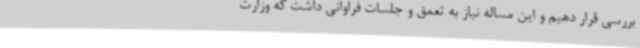
بررسی قرار دهیم و این مساله نیاز به تعمق و جلسات فراوانی داشت که وزارت